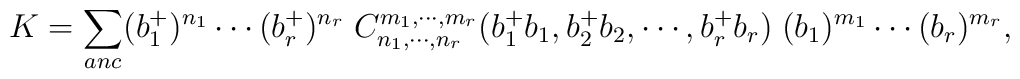
K=\sum_{anc}    (b_1^+)^{n_1}\cdots (b_r^+)^{n_r}\;     C_{n_1,\cdots,n_r}^{m_1,\cdots,m_r}(b^+_1b_1,b_2^+b_2,\cdots,b_r^+b_r)\;(b_1)^{m_1}\cdots (b_r)^{m_r},